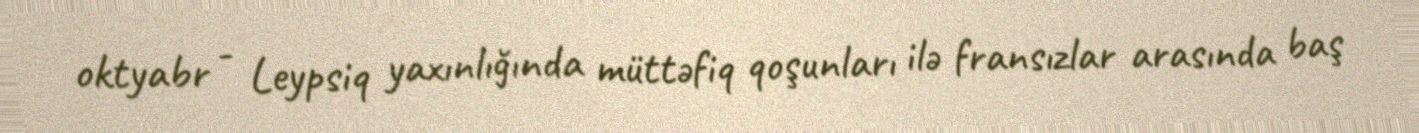
oktyabr - Leypsiq yaxınlığında müttəfiq qoşunları ilə fransızlar arasında baş